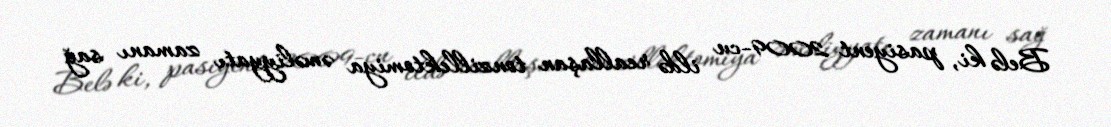
Belə ki, pasiyent 2009-cu ildə reallaşan tonzillektomiya əməliyyatı zamanı sağ